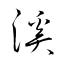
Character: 溪